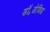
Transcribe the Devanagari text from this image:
डॉ॰डेविड